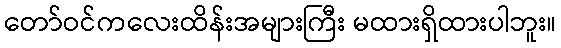
တော်ဝင်ကလေးထိန်းအများကြီး မထားရှိထားပါဘူး။